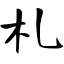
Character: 札